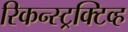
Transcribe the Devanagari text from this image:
रिकन्स्ट्रक्टिव्ह